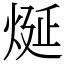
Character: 烻